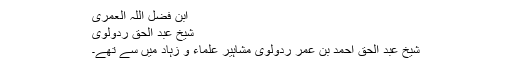
ابن فضل اللہ العمری
شیخ عبد الحق ردولوی
شیخ عبد الحق احمد بن عمر ردولوی مشاہیر علماء و زہاد میں سے تھے۔